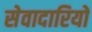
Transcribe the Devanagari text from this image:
सेवादारियों